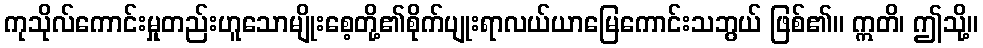
ကုသိုလ်ကောင်းမှုတည်းဟူသောမျိုးစေ့တို့၏စိုက်ပျုးရာလယ်ယာမြေကောင်းသဘွယ် ဖြစ်၏။ ဣတိ၊ ဤသို့။